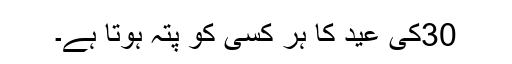
30کی عید کا ہر کسی کو پتہ ہوتا ہے۔